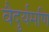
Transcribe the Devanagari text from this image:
वैदुर्यमणि